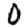
Digit: 0